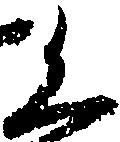
く